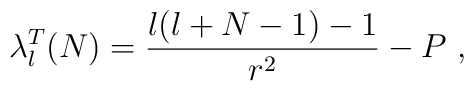
\lambda^{T}_{l}(N)=\frac{l(l+N-1)-1}{r^{2}}-P\ ,